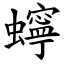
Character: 䗿